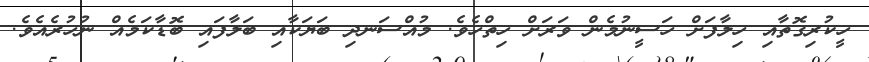
ހީކުރިގޮތާއި ހިލާފަށް ހަސީނުމެން ވަރަށް ހިތްހެވެ. މުއްސަނދި ބަޔަކާއި ބަލާފައި ބޮޑާކަމެއް ނުހުރެއެވެ.